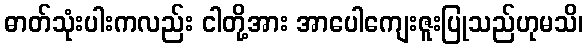
ဓာတ်သုံးပါးကလည်း ငါတို့အား အာပေါကျေးဇူးပြုသည်ဟုမသိ၊